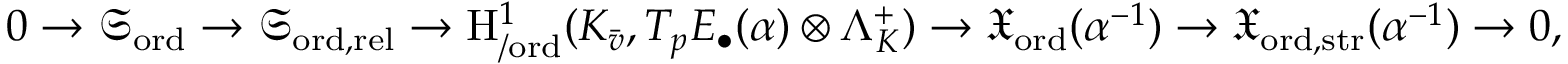
0 \rightarrow \mathfrak { S } _ { \mathrm { o r d } } \rightarrow \mathfrak { S } _ { \mathrm { o r d , \mathrm { r e l } } } \rightarrow \mathrm { H } _ { / \mathrm { o r d } } ^ { 1 } ( K _ { \bar { v } } , T _ { p } E _ { \bullet } ( \alpha ) \otimes \Lambda _ { K } ^ { + } ) \rightarrow \mathfrak { X } _ { \mathrm { o r d } } ( \alpha ^ { - 1 } ) \rightarrow \mathfrak { X } _ { \mathrm { o r d , \mathrm { s t r } } } ( \alpha ^ { - 1 } ) \rightarrow 0 ,